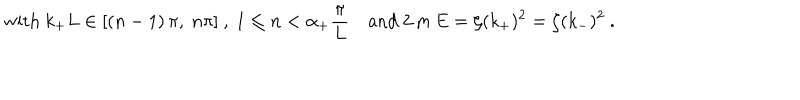
\mathrm { w i t h } \ k _ { + } L \in [ ( n - 1 ) \, \pi , \ n \pi ] \ , \ 1 \leq n < \alpha _ { + } \frac \pi L \quad \mathrm { a n d } \ 2 \, m \, E = \zeta ( k _ { + } ) ^ { 2 } = \zeta ( k _ { - } ) ^ { 2 } \ . \nonumber